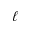
\ell